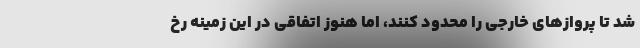
شد تا پروازهای خارجی را محدود کنند، اما هنوز اتفاقی در این زمینه رخ